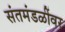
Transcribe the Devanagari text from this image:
संतमंडळींवर